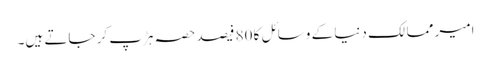
امیر ممالک دنیا کے وسائل کا 80 فیصد حصہ ہڑپ کر جاتے ہیں۔